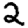
Digit: 2